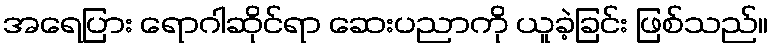
အရေပြား ရောဂါဆိုင်ရာ ဆေးပညာကို ယူခဲ့ခြင်း ဖြစ်သည်။